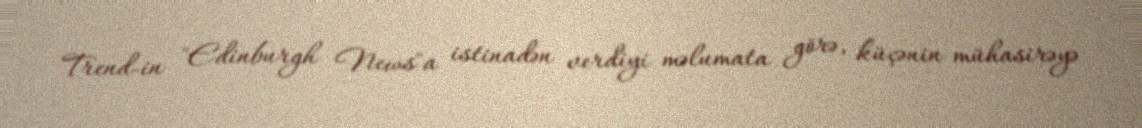
Trend-in "Edinburgh News"a istinadən verdiyi məlumata görə, küçənin mühasirəyə